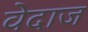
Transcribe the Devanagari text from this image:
वेदाज